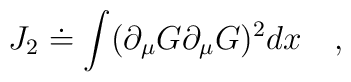
J_{2} \doteq \int (\partial_{\mu} G \partial_{\mu} G)^{2}dx \quad ,